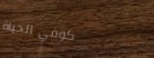
كوفي الحياة